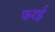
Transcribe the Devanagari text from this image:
फरई